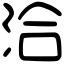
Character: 洽